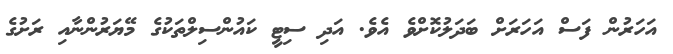
އަހަރުން ފަސް އަހަރަށް ބަދަލުކޮށްވެ އެވެ. އަދި ސިޓީ ކައުންސިލްތަކުގެ މޭޔަރުންނާއި ރަށުގެ